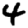
Digit: 4